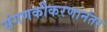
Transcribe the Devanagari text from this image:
संगणकीकरणानंतर